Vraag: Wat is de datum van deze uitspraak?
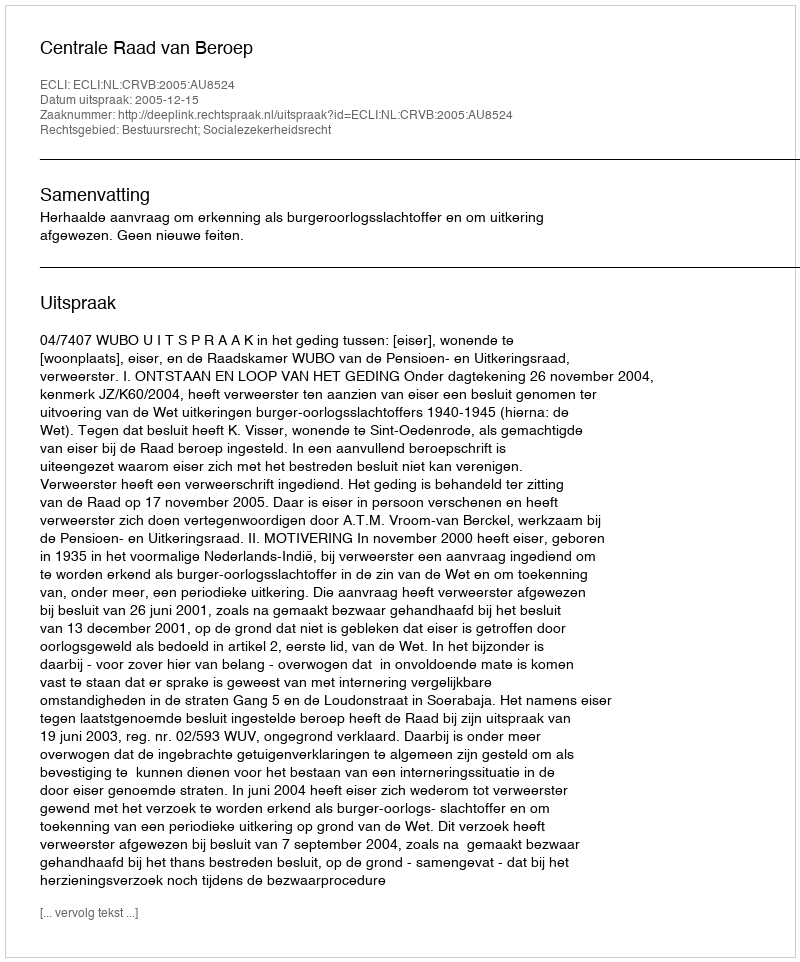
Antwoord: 2005-12-15